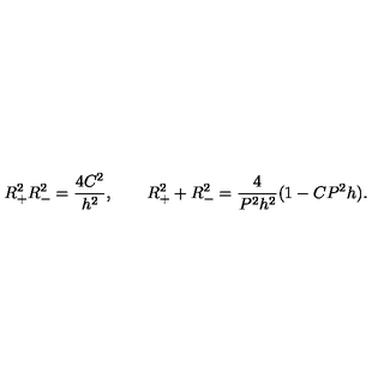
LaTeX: R _ { + } ^ { 2 } R _ { - } ^ { 2 } = \frac { 4 C ^ { 2 } } { h ^ { 2 } } , \qquad R _ { + } ^ { 2 } + R _ { - } ^ { 2 } = \frac { 4 } { P ^ { 2 } h ^ { 2 } } ( 1 - C P ^ { 2 } h ) .